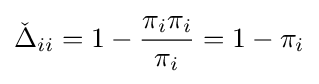
{\check {\Delta }}_{ii}=1-{\frac {\pi _{i}\pi _{i}}{\pi _{i}}}=1-\pi _{i}